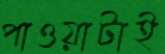
পাওয়াটাই